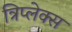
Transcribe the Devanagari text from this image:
त्रिप्लेक्स